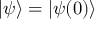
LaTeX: \left| \psi \right\rangle = \left| \psi ( 0 ) \right\rangle